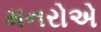
મનરોએ